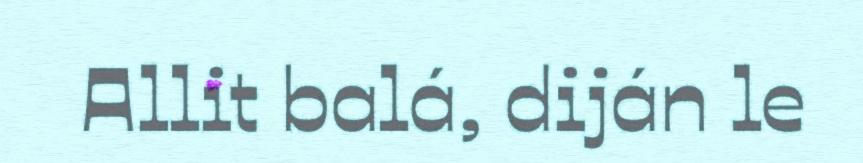
Allit balá, diján le